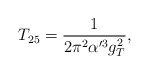
\begin{align*}T_{25} = \frac{1}{2 \pi^2 \alpha'^3 g_T^2},\end{align*}